Vaccination United Provinces of Agra and Oudh 1923-1928 - 1923-1928
Year: 1923
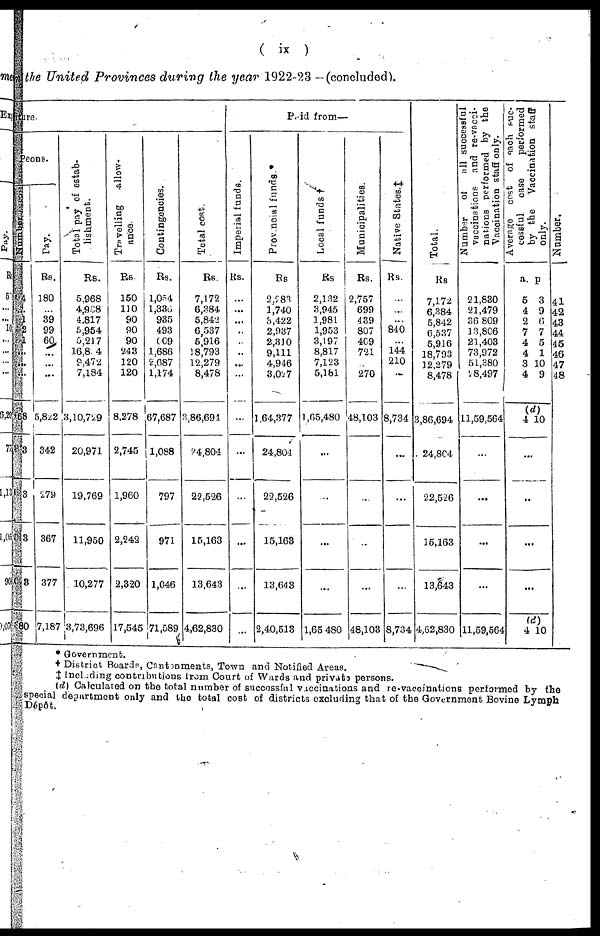
( ix )
the United Provinces during the year 1922-23 —(concluded).
re
Peons.
4
...
1
2
1
...
8
3
3
3
3
80
Pay.
Rs.
180
39
99
60
...
...
5,822
342
279
367
377
7,187
Total pay of estab-
lishment.
Rs.
5,968
4,938
4,817
5,954
5,217
16,854
9,472
7,184
3,10,729
20,971
19,769
11,950
10,277
3,73,696
Travelling
allow¬
ance.
Rs.
150
110 90
90
90
243
120
120
8,278
2,745
1,960
2,243
2,320
17,545
Contingencies.
Rs.
1,054
1,336
935
493
609
1,686
2,687
1,174
67,687
1,088
797
971
1,046
71,589
Total cost.
Rs.
7,172
6,384
5,842
6,537
5,916
18,793
12,279
8,478
3,86,694
24,804
22,526
15,163
13,643
4,62,830
Paid from—
Imperial funds.
Rs.
...
...
...
...
Provincial funds.*
Rs.
2,283
1,740
3,422
2,937
2,310
9,111
4,946
3,027
1,64,377
24,804
22,526
15,163
13,643
2,40,513
Local funds.†
Rs.
2,132
3,945
1,981
1,953
3,197
8,817
7,123
5,181
1,65,480
...
...
...
1,65,480
Municipalities.
Rs.
2,757
699
439
807
409
721
270
48,103
...
48,103
Native States.‡
Rs.
840
144
210
8,734
...
8,734
Total.
Rs.
7,172
6,384
5,842
6,537
5,916
18,793
12,279
8,478
3,86,694
24,804
22,526
15,163
13,643
4,62,830
Number
of all successful
vaccinations and re-vacci¬
nations performed by the
Vaccination staff only.
21,830
21,479
36,809
13,806
21,403
73,972
51,380
28,497
11,59,564
...
...
11,59,564
Ave r
a ge cost of each suc¬
cessful case performed
by the Vaccination staf
only.
a.
5
4
2
7
4
4
3
4
p.
3
9
6
7
5
1
10
9
(d)
4 10
...
...
...
...
(d)
4 10
Number.
41
42
43
44
45
46
47
48
* Government.
† District Boards, Cantonments, Town and Notified Areas.
‡ Including contributions from Court of Wards and private persons.
(d) Calculated on the total number of successful vaccinations and re-vaccinations performed by the
special department only and the total cost of districts excluding that of the Government Bovine Lymph
Dépôt.